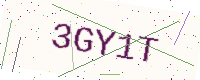
Text: 3GY1T